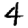
Digit: 4